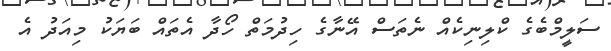
ސަލީމްބެގެ ކްލިނިކެއް ނެތަސް އޭނާގެ ހިދުމަތް ހޯދާ އެތައް ބަޔަކު މިއަދު އެ